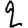
Digit: 2